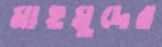
মাহমুদের